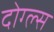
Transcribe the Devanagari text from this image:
दोग्ल्स